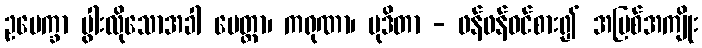
ဥပေက္ခာ ပွါးလိုသောအခါ မေတ္တာ၊ ကရုဏာ၊ မုဒိတာ - ဖန်ဖန်ဝင်စား၍ အပြစ်အကျိုး